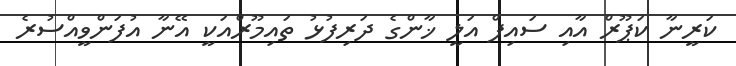
ކަރީނާ ކަޕޫރް އާއި ސައިފް އަލީ ޚާންގެ ދަރިފުޅު ތައިމޫރްއަކީ އޭނާ އުފަންވީއްސުރެ